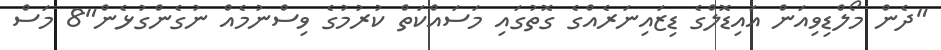
"ދެން މޯލްޑިވިއަން އައިޑޮލްގެ ޑިޒައިނަރެއްގެ ގޮތުގައި މަސައްކަތް ކުރުމުގެ ވިސްނުމެއް ނުގެންގުޅެން"8 މަސް